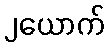
၂ယောက်